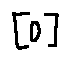
[ o ]